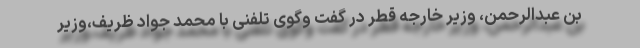
بن عبدالرحمن، وزیر خارجه قطر در گفت وگوی تلفنی با محمد جواد ظریف،وزیر